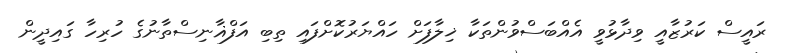
ރައީސް ކަރުޒާއީ ވިދާޅުވީ އެއްބަސްވުންތަކާ ޚިލާފަށް ހައްޔަރުކޮށްފައި ތިބި އަފްޣާނިސްތާނުގެ ހުރިހާ ގައިދީން